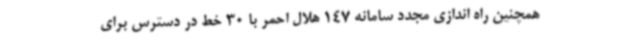
همچنین راه اندازی مجدد سامانه 147 هلال احمر با 30 خط در دسترس برای